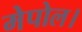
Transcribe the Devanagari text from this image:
मेपोल।